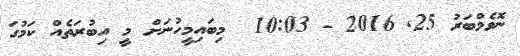
ނޮވެމްބަރު 25